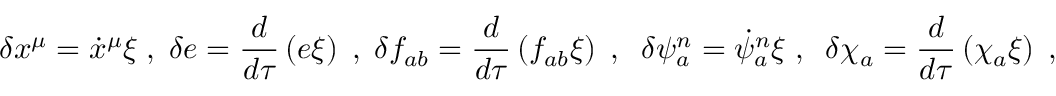
\delta x ^ { \mu } = { \dot { x } } ^ { \mu } \xi \; , \; \delta e = \frac { d } { d \tau } \left( e \xi \right) \; , \; \delta f _ { a b } = \frac { d } { d \tau } \left( f _ { a b } \xi \right) \; , \; \; \delta \psi _ { a } ^ { n } = \dot { \psi } _ { a } ^ { n } \xi \; , \; \; \delta { \chi } _ { a } = \frac { d } { d \tau } \left( \chi _ { a } \xi \right) \; ,